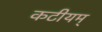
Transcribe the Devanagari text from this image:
कटीयम्‌